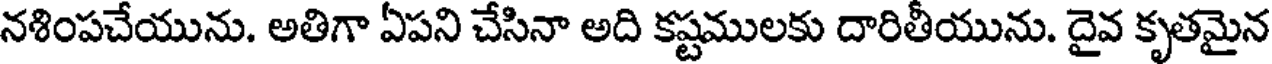
నశింపచేయును. అతిగా ఏపని చేసినా అది కష్టములకు దారితీయును. దైవ కృతమైన